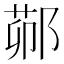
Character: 𬪋